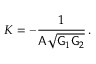
K = - \frac { 1 } { \mathsf { A } \sqrt { \mathsf { G } _ { 1 } \mathsf { G } _ { 2 } } } \, .